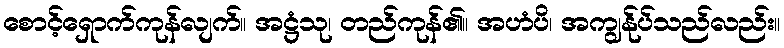
စောင့်ရှောက်ကုန်လျက်။ အဋ္ဌံသု၊ တည်ကုန်၏။ အဟံပိ၊ အကျွန်ုပ်သည်လည်း။